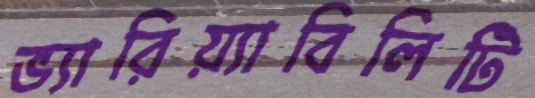
ভ্যারিয়্যাবিলিটি